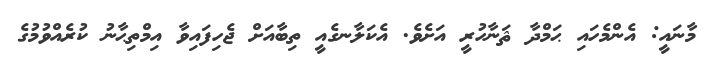
މާނައީ: އެންމެހައި ޙަމްދާ ޘަނާހުރީ އަށެވެ. އެކަލާނގެއީ ތިބާއަށް ޖެހިފައިވާ އިމްތިޙާނު ކުރެއްވުމުގެ